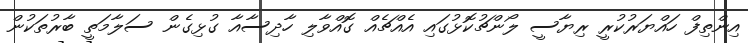
އިންތިފް ހައްޔަރުކުރީ ރިޔާސީ ލޯންޗުކޮޅުގައި އެއްޗެއް ގޮއްވާލި ހާދިސާއާ ގުޅިގެން ސަލާމަތީ ބާރުތަކުން